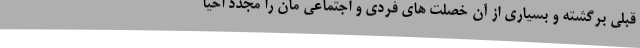
قبلی برگشته و بسیاری از آن خصلت های فردی و اجتماعی مان را مجدد احیا